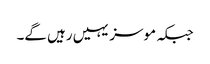
جبکہ موسز یہیں رہیں گے۔